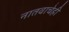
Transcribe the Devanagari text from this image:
नातवाचेही